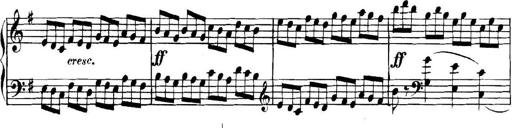
Title: Collected Piano Sonatas
Composer: Muzio Clementi